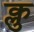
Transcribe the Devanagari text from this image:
क्लु